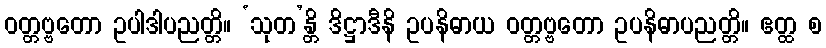
ဝတ္တဗ္ဗတော ဥပါဒါပညတ္တိ။ ‘သုတ’န္တိ ဒိဋ္ဌာဒီနိ ဥပနိဓာယ ဝတ္တဗ္ဗတော ဥပနိဓာပညတ္တိ။ ဧတ္ထ စ